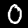
Label: 0